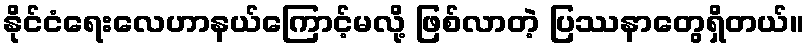
နိုင်ငံရေးလေဟာနယ်ကြောင့်မလို့ ဖြစ်လာတဲ့ ပြဿနာတွေရှိတယ်။